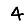
Digit: 4